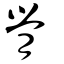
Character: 膋